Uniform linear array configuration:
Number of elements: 32
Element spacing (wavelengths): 0.5
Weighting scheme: uniform
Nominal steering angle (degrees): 15
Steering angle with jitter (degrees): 14.915
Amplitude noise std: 0.05
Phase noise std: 0.05

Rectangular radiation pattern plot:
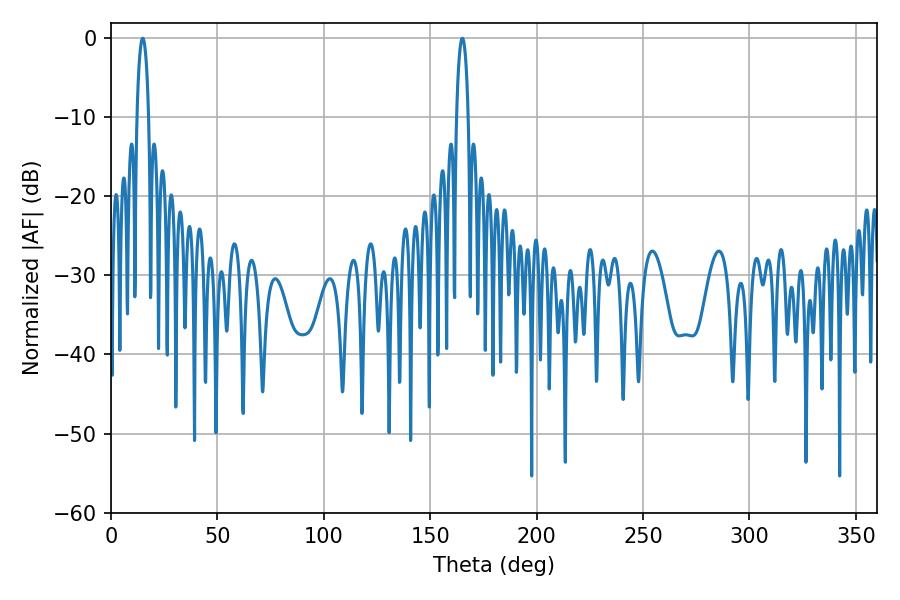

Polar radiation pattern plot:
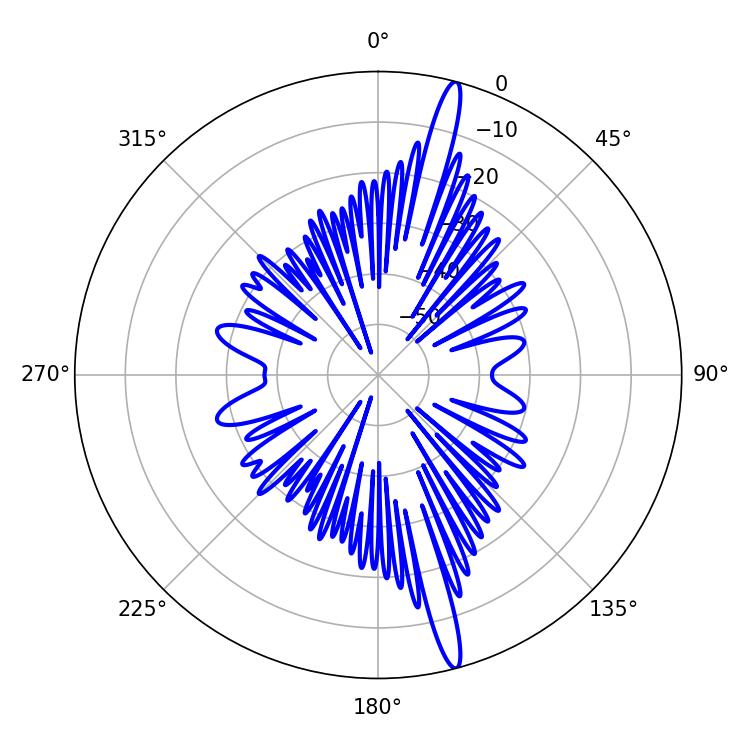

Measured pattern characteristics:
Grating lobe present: FALSE
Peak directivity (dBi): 17.883
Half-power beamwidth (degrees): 3.06
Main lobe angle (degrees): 14.94